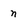
Character: n